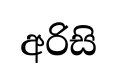
අරිසි